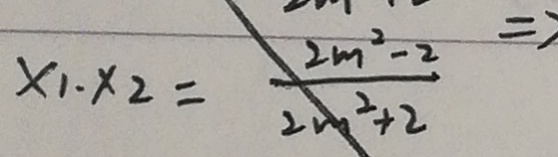
x _ { 1 } \cdot x _ { 2 } = \frac { 2 m ^ { 2 } - 2 } { 2 m ^ { 2 } + 2 } \Rightarrow